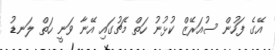
އޭގެ ފަހުން ސުއަރޭޒް ކުޅުނު ހަތް މެޗުގައި އޭނާ ވަނީ ހަތް ލަނޑު